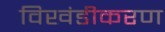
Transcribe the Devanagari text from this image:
विखंडीकरण